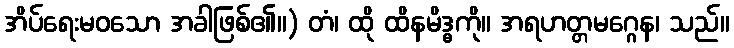
အိပ်ရေးမဝသော အခါဖြစ်၏။) တံ၊ ထို ထိနမိဒ္ဓကို။ အရဟတ္တမဂ္ဂေန၊ သည်။